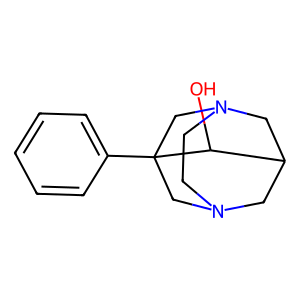
SMILES: OC1C2CN3CCN(C2)CC1(c1ccccc1)C3
Inhibits HIV replication: No